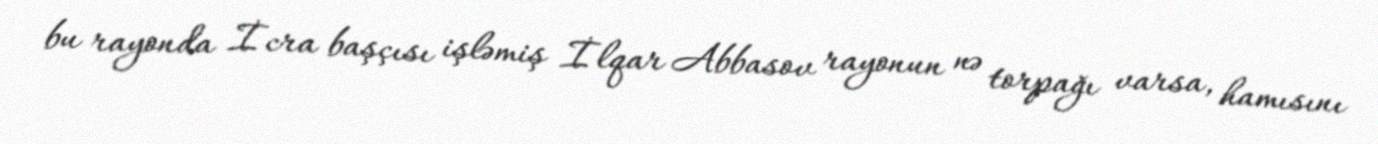
bu rayonda İcra başçısı işləmiş İlqar Abbasov rayonun nə torpağı varsa, hamısını